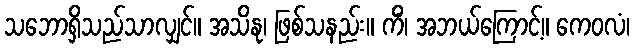
သဘောရှိသည်သာလျှင်။ အသိနု၊ ဖြစ်သနည်း။ ကိံ၊ အဘယ်ကြောင့်။ ကေဝလံ၊